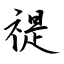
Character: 禔